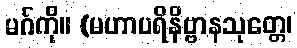
မဂ်ကို။ (မဟာပရိနိဗ္ဗာနသုတ္တေ၊